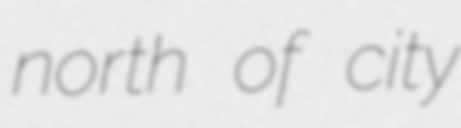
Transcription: north of city